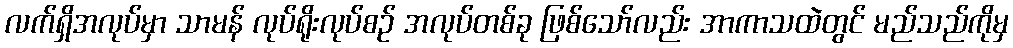
လက်ရှိအလုပ်မှာ သာမန် လုပ်ရိုးလုပ်စဉ် အလုပ်တစ်ခု ဖြစ်သော်လည်း အာကာသထဲတွင် မည်သည်ကိုမှ